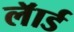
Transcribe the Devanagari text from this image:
लॅार्ड